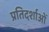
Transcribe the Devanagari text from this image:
प्रतिदर्शाओं